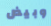
وبيض